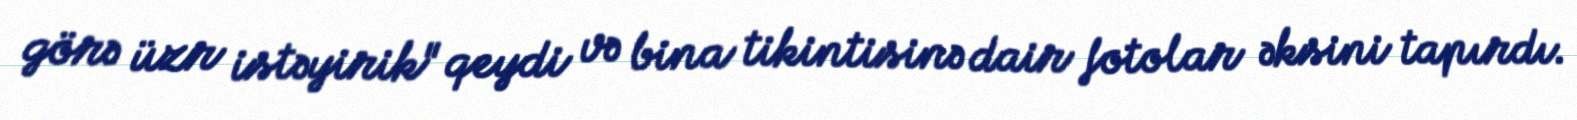
görə üzr istəyirik" qeydi və bina tikintisinə dair fotolar əksini tapırdı.